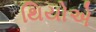
થિયોએ